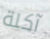
آكلة